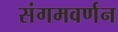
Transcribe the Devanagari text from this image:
संगमवर्णन